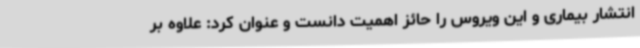
انتشار بیماری و این ویروس را حائز اهمیت دانست و عنوان کرد: علاوه بر